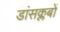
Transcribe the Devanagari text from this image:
डांसक्लबों